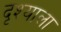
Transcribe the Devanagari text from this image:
दृश्‍याला